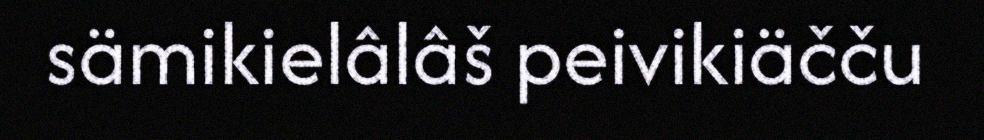
sämikielâlâš peivikiäčču